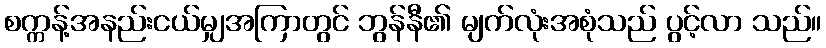
စက္ကန့်အနည်းငယ်မျှအကြာတွင် ဘွန်နီ၏ မျက်လုံးအစုံသည် ပွင့်လာ သည်။